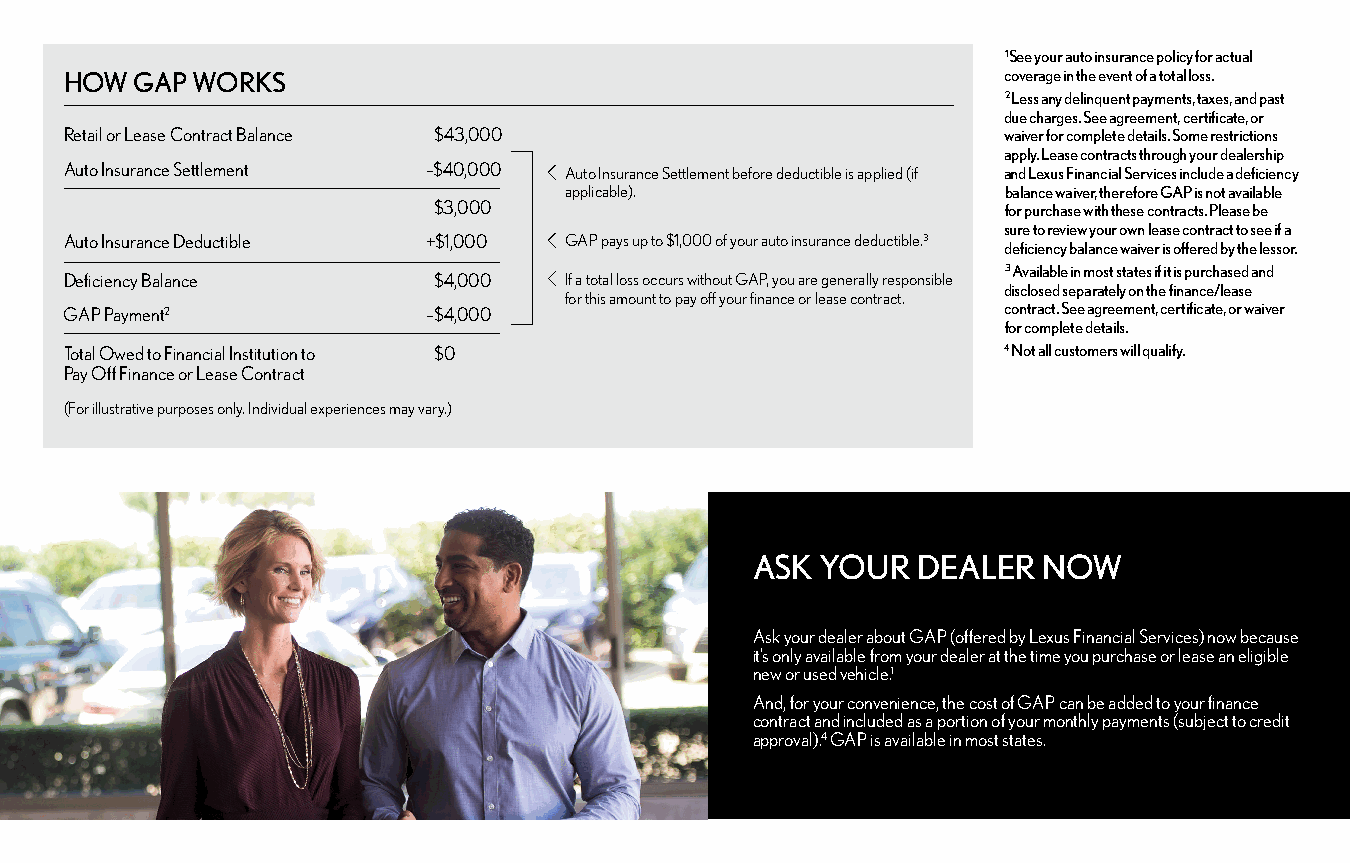
1 See your auto insurance policy for actual
 HOW  GAP WORKS                                                coverage in the event of a total loss.
 2 Less any delinquent payments, taxes, and past
 due charges. See agreement, certificate, or
 Retail or Lease Contract Balance $43,000                      waiver for complete details. Some restrictions
 apply. Lease contracts through your dealership
 Auto Insurance Settlement –$40,000 Auto Insurance Settlement before deductible is applied (if and Lexus Financial Services include a deficiency
 applicable).                  balance waiver, therefore GAP is not available
 $3,000                                for purchase with these contracts. Please be
 sure to review your own lease contract to see if a
 Auto Insurance Deductible +$1,000 GAP pays up to $1,000 of your auto insurance deductible.3
 deficiency balance waiver is offered by the lessor.
 3 Available in most states if it is purchased and
 Deficiency Balance       $4,000  If a total loss occurs without GAP, you are generally responsible
 disclosed separately on the finance/lease
 for this amount to pay off your finance or lease contract.
 GAP Payment2            –$4,000                               contract. See agreement, certificate, or waiver
 for complete details.
 Total Owed to Financial Institution to $0                     4 Not all customers will qualify.
 Pay Off Finance or Lease Contract
 (For illustrative purposes only. Individual experiences may vary.)
 ASK YOUR   DEALER  NOW
 Ask your dealer about GAP (offered by Lexus Financial Services) now because
 it’s only available from your dealer at the time you purchase or lease an eligible
 new or used vehicle.1
 And, for your convenience, the cost of GAP can be added to your finance
 contract and included as a portion of your monthly payments (subject to credit
 approval).4 GAP is available in most states.